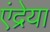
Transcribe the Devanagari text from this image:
एंद्रेया